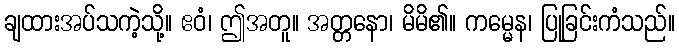
ချထားအပ်သကဲ့သို့။ ဧဝံ၊ ဤအတူ။ အတ္တနော၊ မိမိ၏။ ကမ္မေန၊ ပြုခြင်းကံသည်။